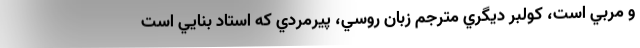
و مربي است، كولبر ديگري مترجم زبان روسي، پيرمردي كه استاد بنايي است